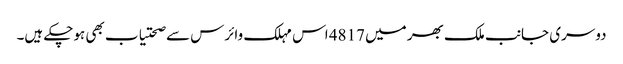
دوسری جانب ملک بھر میں 4817 اس مہلک وائرس سے صحتیاب بھی ہوچکے ہیں۔